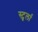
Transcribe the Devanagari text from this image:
स्टुर्ला